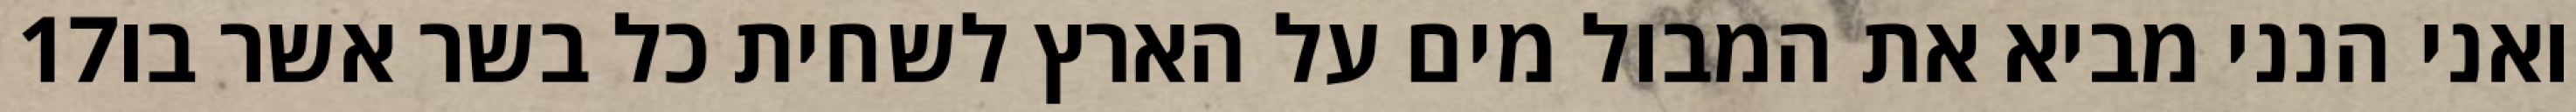
‎17‏ ואני הנני מביא את המבול מים על הארץ לשחית כל בשר אשר בו